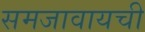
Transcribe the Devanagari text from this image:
समजावायची